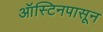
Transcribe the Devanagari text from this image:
ऑस्टिनपासून